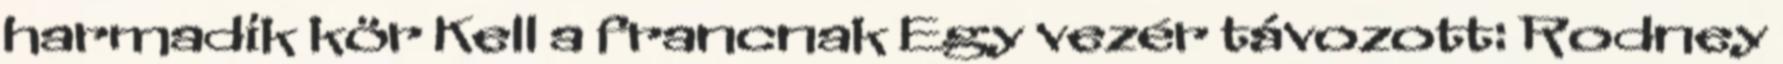
harmadik kör Kell a francnak Egy vezér távozott: Rodney